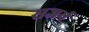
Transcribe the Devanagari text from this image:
सजर्न